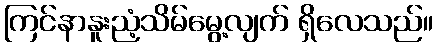
ကြင်နာနူးညံ့သိမ်မွေ့လျက် ရှိလေသည်။